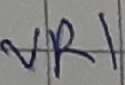
Text: VR1